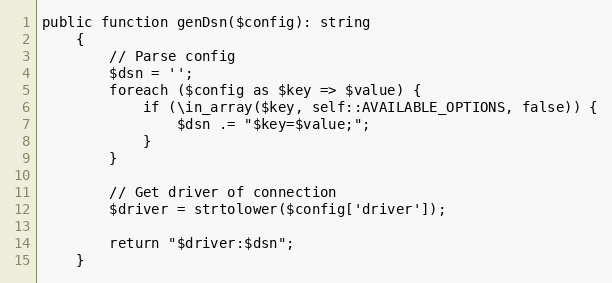
Language: PHP
public function genDsn($config): string
    {
        // Parse config
        $dsn = '';
        foreach ($config as $key => $value) {
            if (\in_array($key, self::AVAILABLE_OPTIONS, false)) {
                $dsn .= "$key=$value;";
            }
        }

        // Get driver of connection
        $driver = strtolower($config['driver']);

        return "$driver:$dsn";
    }